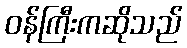
ဝန်ကြီးကဆိုသည်